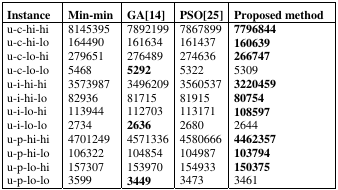
<table><thead><tr><td><b>Instance</b></td><td><b>Min-min</b></td><td><b>GA[14]</b></td><td><b>PSO[25]</b></td><td><b>Proposed method</b></td></tr></thead><tbody><tr><td>u-c-hi-hi</td><td>8145395</td><td>7892199</td><td>7867899</td><td><b>7796844</b></td></tr><tr><td>u-c-hi-lo</td><td>164490</td><td>161634</td><td>161437</td><td><b>160639</b></td></tr><tr><td>u-c-lo-hi</td><td>279651</td><td>276489</td><td>274636</td><td><b>266747</b></td></tr><tr><td>u-c-lo-lo</td><td>5468</td><td><b>5292</b></td><td>5322</td><td>5309</td></tr><tr><td>u-i-hi-hi</td><td>3573987</td><td>3496209</td><td>3560537</td><td><b>3220459</b></td></tr><tr><td>u-i-hi-lo</td><td>82936</td><td>81715</td><td>81915</td><td><b>80754</b></td></tr><tr><td>u-i-lo-hi</td><td>113944</td><td>112703</td><td>113171</td><td><b>108597</b></td></tr><tr><td>u-i-lo-lo</td><td>2734</td><td><b>2636</b></td><td>2680</td><td>2644</td></tr><tr><td>u-p-hi-hi</td><td>4701249</td><td>4571336</td><td>4580666</td><td><b>4462357</b></td></tr><tr><td>u-p-hi-lo</td><td>106322</td><td>104854</td><td>104987</td><td><b>103794</b></td></tr><tr><td>u-p-lo-hi</td><td>157307</td><td>153970</td><td>154933</td><td><b>150375</b></td></tr><tr><td>u-p-lo-lo</td><td>3599</td><td><b>3449</b></td><td>3473</td><td>3461</td></tr></tbody></table>